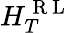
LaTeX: H_{T}^{\mathrm{~R~L~}}